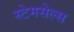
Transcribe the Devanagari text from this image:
स्टेमसेल्स